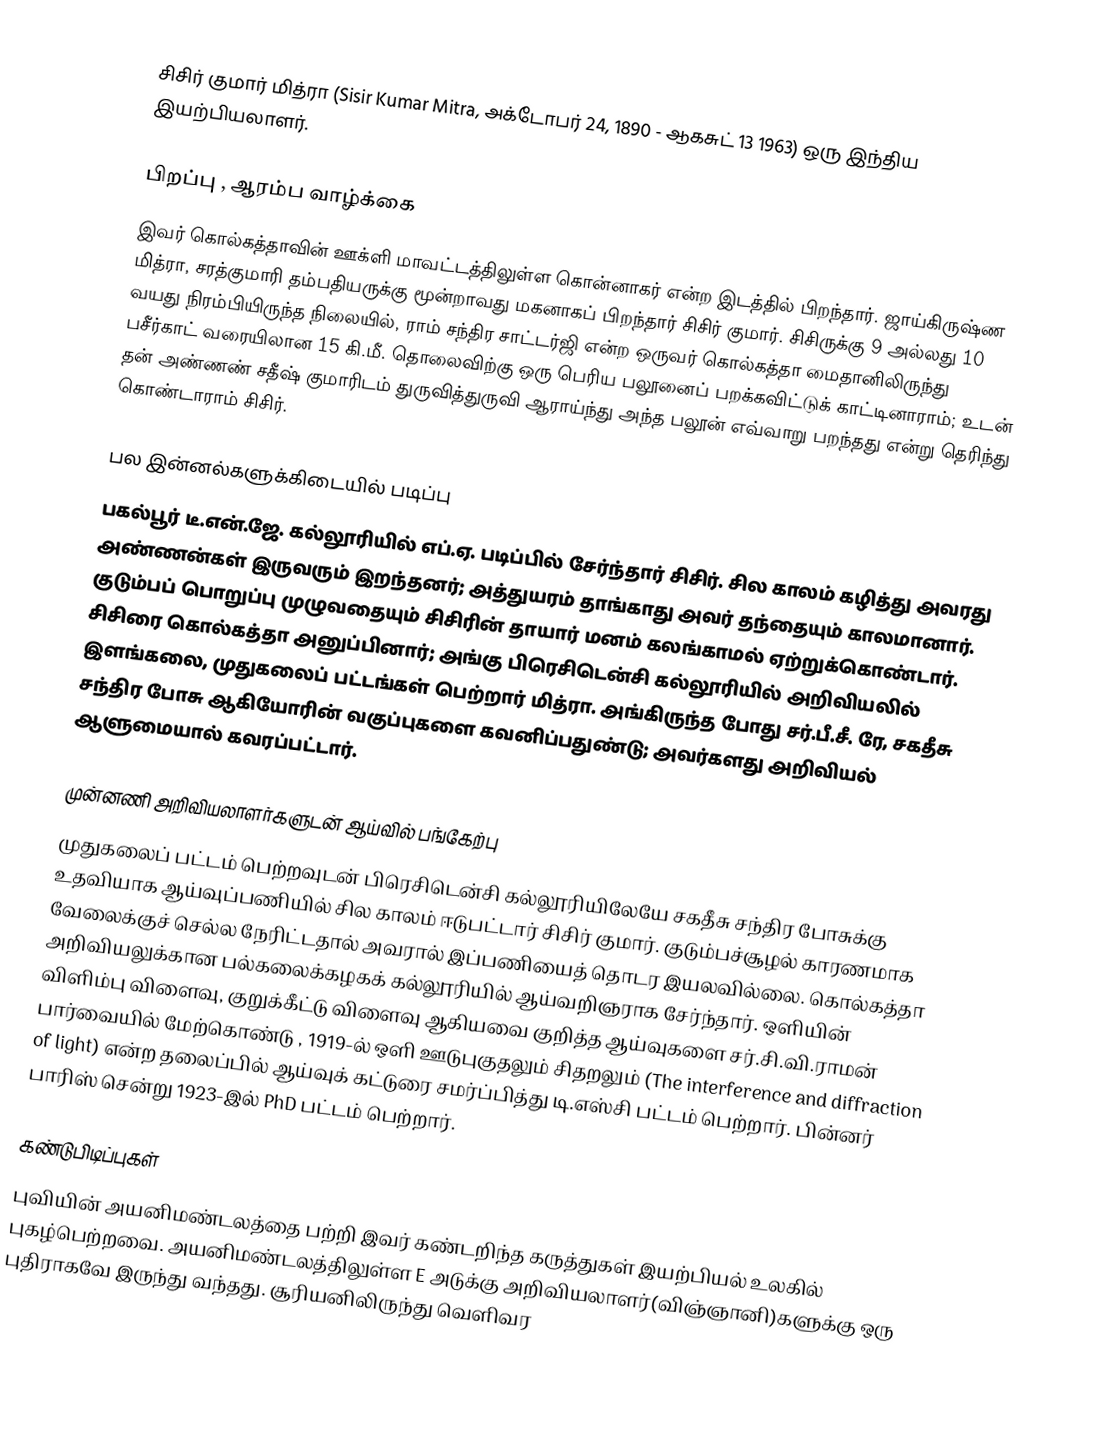
சிசிர் குமார் மித்ரா (Sisir Kumar Mitra, அக்டோபர் 24, 1890 - ஆகசுட் 13 1963) ஒரு இந்திய இயற்பியலாளர்.

பிறப்பு , ஆரம்ப வாழ்க்கை
இவர் கொல்கத்தாவின் ஊக்ளி மாவட்டத்திலுள்ள கொன்னாகர் என்ற இடத்தில் பிறந்தார். ஜாய்கிருஷ்ண மித்ரா, சரத்குமாரி தம்பதியருக்கு மூன்றாவது மகனாகப் பிறந்தார் சிசிர் குமார். சிசிருக்கு 9 அல்லது 10 வயது நிரம்பியிருந்த நிலையில், ராம் சந்திர சாட்டர்ஜி என்ற ஒருவர் கொல்கத்தா மைதானிலிருந்து பசீர்காட் வரையிலான 15 கி.மீ. தொலைவிற்கு ஒரு பெரிய பலூனைப் பறக்கவிட்டுக் காட்டினாராம்; உடன் தன் அண்ணண் சதீஷ் குமாரிடம் துருவித்துருவி ஆராய்ந்து அந்த பலூன் எவ்வாறு பறந்தது என்று தெரிந்து கொண்டாராம் சிசிர்.

பல இன்னல்களுக்கிடையில் படிப்பு
பகல்பூர் டீ.என்.ஜே. கல்லூரியில் எப்.ஏ. படிப்பில் சேர்ந்தார் சிசிர். சில காலம் கழித்து அவரது அண்ணன்கள் இருவரும் இறந்தனர்; அத்துயரம் தாங்காது அவர் தந்தையும் காலமானார். குடும்பப் பொறுப்பு முழுவதையும் சிசிரின் தாயார் மனம் கலங்காமல் ஏற்றுக்கொண்டார். சிசிரை கொல்கத்தா அனுப்பினார்; அங்கு பிரெசிடென்சி கல்லூரியில் அறிவியலில் இளங்கலை, முதுகலைப் பட்டங்கள் பெற்றார் மித்ரா. அங்கிருந்த போது சர்.பீ.சீ. ரே, சகதீசு சந்திர போசு ஆகியோரின் வகுப்புகளை கவனிப்பதுண்டு; அவர்களது அறிவியல் ஆளுமையால் கவரப்பட்டார்.

முன்னணி அறிவியலாளர்களுடன் ஆய்வில் பங்கேற்பு
முதுகலைப் பட்டம் பெற்றவுடன் பிரெசிடென்சி கல்லூரியிலேயே சகதீசு சந்திர போசுக்கு உதவியாக ஆய்வுப்பணியில் சில காலம் ஈடுபட்டார் சிசிர் குமார். குடும்பச்சூழல் காரணமாக வேலைக்குச் செல்ல நேரிட்டதால் அவரால் இப்பணியைத் தொடர இயலவில்லை. கொல்கத்தா அறிவியலுக்கான பல்கலைக்கழகக் கல்லூரியில் ஆய்வறிஞராக சேர்ந்தார். ஒளியின் விளிம்பு விளைவு, குறுக்கீட்டு விளைவு  ஆகியவை குறித்த ஆய்வுகளை சர்.சி.வி.ராமன் பார்வையில் மேற்கொண்டு , 1919-ல் ஒளி ஊடுபுகுதலும் சிதறலும் (The interference and diffraction of light) என்ற தலைப்பில் ஆய்வுக் கட்டுரை சமர்ப்பித்து டி.எஸ்சி  பட்டம் பெற்றார். பின்னர் பாரிஸ் சென்று 1923-இல் PhD  பட்டம் பெற்றார்.

கண்டுபிடிப்புகள்
 புவியின் அயனிமண்டலத்தை பற்றி இவர் கண்டறிந்த கருத்துகள் இயற்பியல் உலகில் புகழ்பெற்றவை. அயனிமண்டலத்திலுள்ள E அடுக்கு அறிவியலாளர்(விஞ்ஞானி)களுக்கு ஒரு புதிராகவே இருந்து வந்தது. சூரியனிலிருந்து வெளிவர